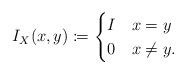
LaTeX: \begin{align*}I_X(x,y)\coloneqq\begin{cases}I&x=y\\0&x\neq y.\end{cases}\end{align*}